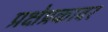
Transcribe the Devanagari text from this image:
प्रक्षेप्रकावर